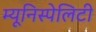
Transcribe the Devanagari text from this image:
म्यूनिस्पेलिटी